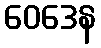
ဝေဒေန